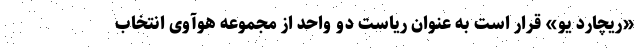
«ریچارد یو» قرار است به عنوان ریاست دو واحد از مجموعه هوآوی انتخاب